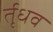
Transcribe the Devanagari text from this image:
र्तृधव